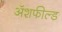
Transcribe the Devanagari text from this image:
ॲशफील्ड